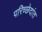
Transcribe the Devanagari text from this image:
परिच्छेदांत